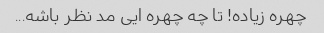
چهره زیاده! تا چه چهره ایی مد نظر باشه...